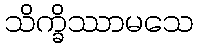
သိက္ခိဿာမသေ